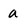
Character: a